Indian journal of veterinary science and animal husbandry - Volumes 18-21, 1948-1951
Year: 1948
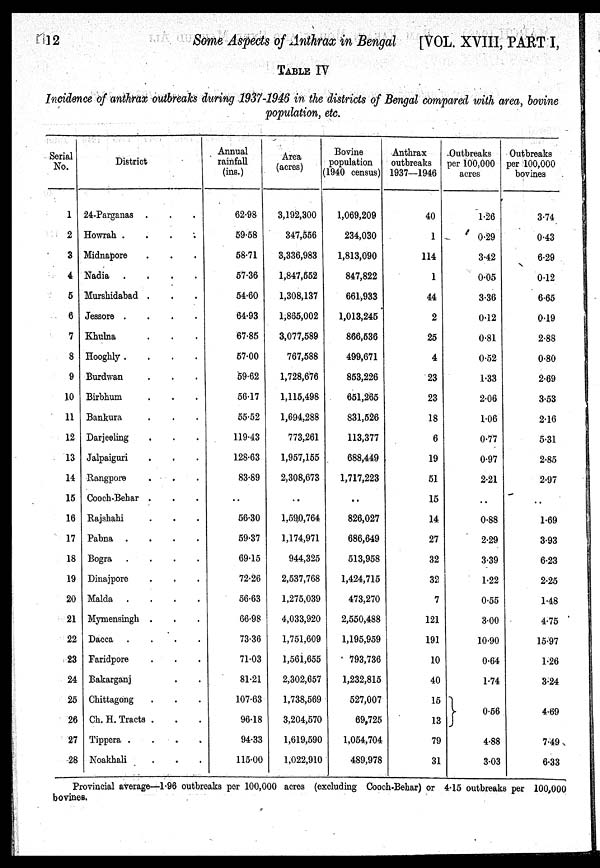
12
Some Aspects of Anthrax in Bengal [VOL. XVIII, PART I,
TABLE IV
Incidence of anthrax outbreaks during 1937-1946 in the districts of Bengal compared with area, bovine
population, etc.
Serial
No.
1
2
3
4
5
6
7
8
9
10
11
12
13
14
15
16
17
18
19
20
21
22
23
24
25
26
27
28
District
24-Parganas .
Howrah . . . . .
Midnapore
Nadia .
.
.
.
Murshidabad . . .
Jessore .
.
.
.
Khulna
Hooghly .
.
.
.
Burdwan
Birbhum
Bankura
Darjeeling
Jalpaiguri
Rangpore
Cooch-Behar .
Rajshahi
Pabna .
.
.
.
Bogra .
.
.
.
Dinajpore
Malda .
.
.
.
Mymensingh .
Dacca .
.
.
.
Faridpore
Bakarganj
Chittagong
Ch. H. Tracts .
Tippera .
Noakhali
Annual
rainfall
(ins.)
62.98
59.58
58.71
57.36
54.60
64.93
67.85
57.00
59.62
56.17
55.52
119.43
128.63
83.89
..
56.30
59.37
69.15
72.26
56.63
66.98
73.36
71.03
81.21
107.63
96.18
94.33
115.00
Area
(acres)
3,192,300
347,556
3,336,983
1,847,552
1,308,137
1,865,002
3,077,589
767,588
1,728,676
1,115,498
1,694,288
773,261
1,957,155
2,308,673
..
1,590,764
1,174,971
944,325
2,537,768
1,275,039
4,033,920
1,751,609
1,561,655
2,302,657
1,738,569
3,204,570
1,619,590
1,022,910
Bovine
population
(1940 census)
1,069,209
234,030
1,813,090
847,822
661,933
1,013,245
866,536
499,671
853,226
651,265
831,526
113,377
688,449
1,717,223
..
826,027
686,649
513,958
1,424,715
473,270
2,550,488
1,195,959
793,736
1,232,815
527,007
69,725
1,054,704
489,978
Anthrax
outbreaks
1937—1946
40
1
114
1
44
2
25
4
23
23
18
6
19
51
15
14
27
32
32
7
121
191
10
40
15
13
79
31
Outbreaks
per 100,000
acres
1.26
0.29
3.42
0.05
3.36
0.12
0.81
0.52
1.33
2.06
1.06
0.77
0.97
2.21
..
0.88
2.29
3.39
1.22
0.55
3.00
10.90
0.64
1.74
0.56
4.88
3.03
Outbreaks
per 100,000
bovines
3.74
0.43
6.29
0.12
6.65
0.19
2.88
0.80
2.69
3.53
2.16
5.31
2.85
2.97
..
1.69
3.93
6.23
2.25
1.48
4.75
15.97
1.26
3.24
4.69
7.49
6.33
Provincial average—1.96 outbreaks per 100,000 acres (excluding Cooch-Behar) or 4.15 outbreaks per 100,000
bovines.